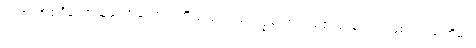
ဘုရားအစရှိသောသူတော်ကောင်းတို့သည်။ ဥပေက္ခကော၊ လျစ်လျူရှုသည်ဖြစ်၍။ သတိမာ၊